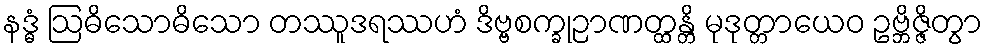
နဒ္ဓံ ဩဓိသောဓိသော တဿူဒရဿဟံ ဒိဗ္ဗစက္ခုဉာဏတ္ထန္တိ မုဒုတ္တာယေဝ ဥဗ္ဘိဇ္ဇိတွာ